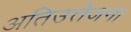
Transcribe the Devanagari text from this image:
अतिउत्तेजना